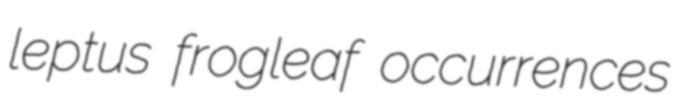
leptus frogleaf occurrences